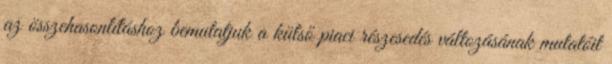
az összehasonlításhoz bemutatjuk a külső piaci részesedés változásának mutatóit